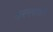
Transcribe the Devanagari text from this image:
करनपाल।